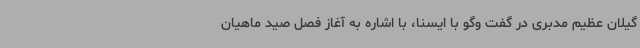
گیلان عظیم مدبری در گفت وگو با ایسنا، با اشاره به آغاز فصل صید ماهیان